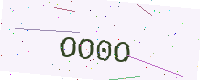
Text: OO0O